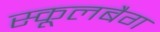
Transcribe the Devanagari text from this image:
स्कूलबैग